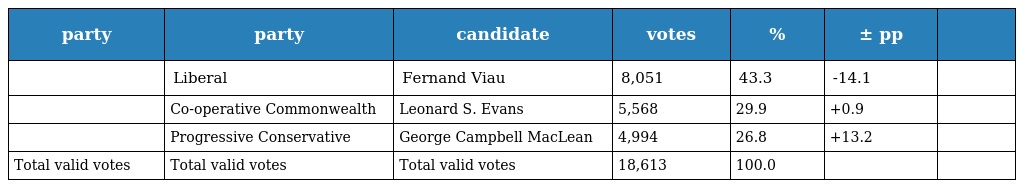
| party | party | candidate | votes | % | ± pp |  |
 | --- | --- | --- | --- | --- | --- | --- |
 |  | Liberal | Fernand Viau | 8,051 | 43.3 | -14.1 |  |
 |  | Co-operative Commonwealth | Leonard S. Evans | 5,568 | 29.9 | +0.9 |  |
 |  | Progressive Conservative | George Campbell MacLean | 4,994 | 26.8 | +13.2 |  |
 | Total valid votes | Total valid votes | Total valid votes | 18,613 | 100.0 |  |  |